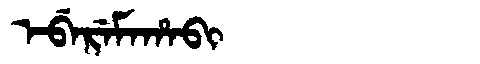
Manchu: ᡝᠪᡝᡵᡝᠮᠠᡥᠠᠪᡳ
Romanization: EBEREMAHABI